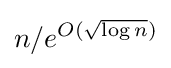
n/e^{O({\sqrt {\log n}})}